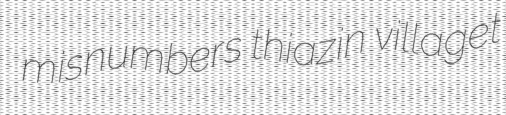
misnumbers thiazin villaget